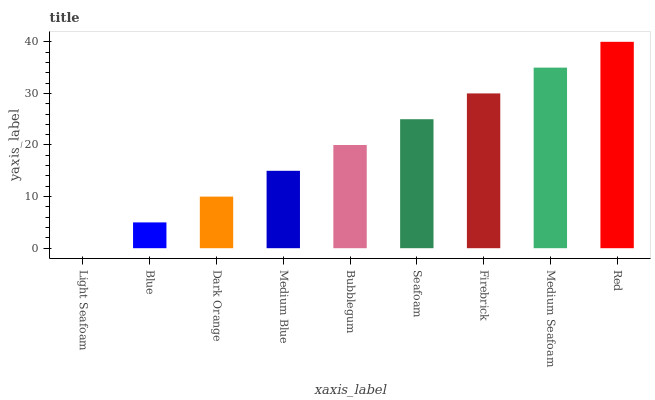
| xaxis_label | bars |
 | --- | --- |
 | Light Seafoam | 0 |
 | Blue | 5 |
 | Dark Orange | 10 |
 | Medium Blue | 15 |
 | Bubblegum | 20 |
 | Seafoam | 25 |
 | Firebrick | 30 |
 | Medium Seafoam | 35 |
 | Red | 40 |